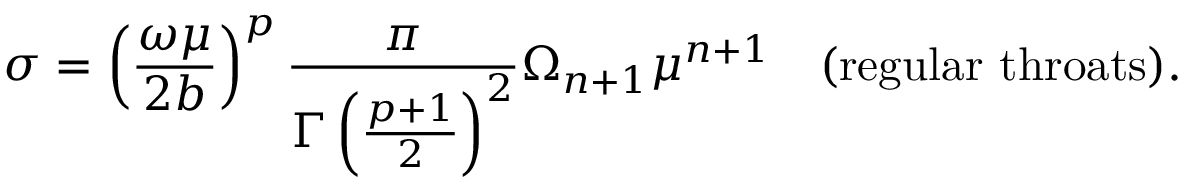
\sigma = \left( { \frac { \omega \mu } { 2 b } } \right) ^ { p } { \frac { \pi } { \Gamma \left( { \frac { p + 1 } { 2 } } \right) ^ { 2 } } } \Omega _ { n + 1 } \mu ^ { n + 1 } \quad \mathrm { ( r e g u l a r \, \, t h r o a t s ) } .